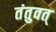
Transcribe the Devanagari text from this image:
तंतुवत्